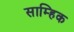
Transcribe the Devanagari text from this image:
साम्हिक